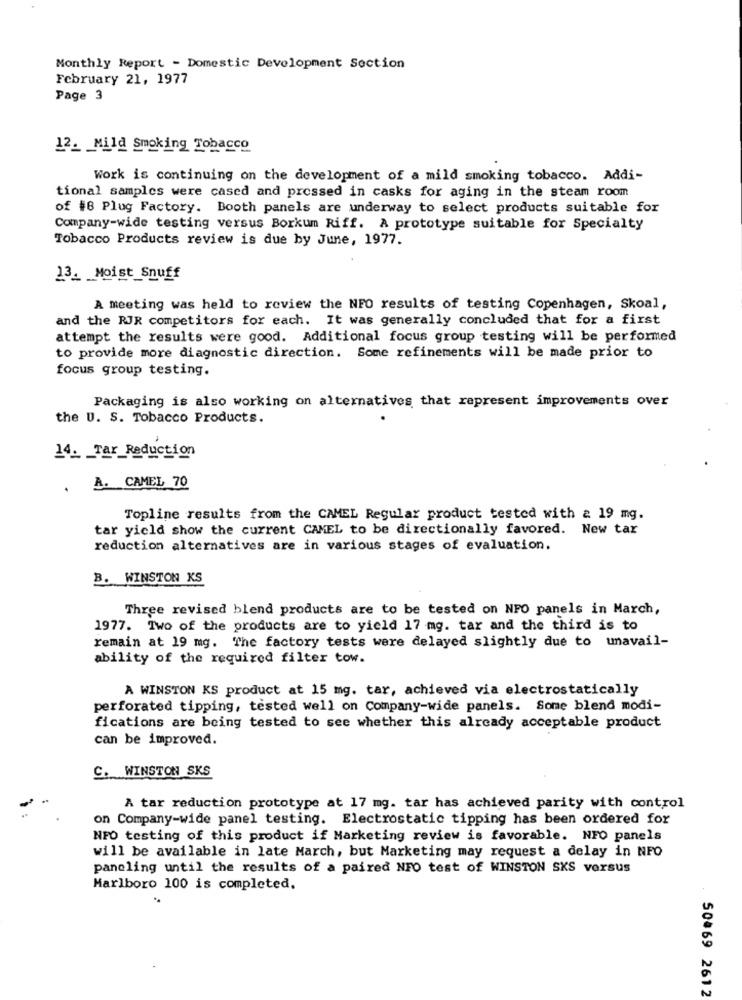
Monthly Report - Domestic Development Section
February 21, 1977
Page 3
12. Mild Smoking Tobacco
Work is continuing on the development of a mild smoking tobacco. Addi-
tional samples were cased and pressed in casks for aging in the steam room
of #8 Plug Factory. Booth panels are underway to select products suitable for
Company-wide testing versus Borkum Riff. A prototype suitable for Specialty
Tobacco Products review is due by June, 1977.
13_ Moist Snuff
A meeting was held to review the NFO results of testing Copenhagen, Skoal,
and the RJR competitors for each. It was generally concluded that for a first
attempt the results were good. Additional focus group testing will be performed
to provide more diagnostic direction. Some refinements will be made prior to
focus group testing.
Packaging is also working on alternatives that represent improvements over
the U. S. Tobacco Products.
14. Tar_Reduction
A. CAMEL 70
.
Topline results from the CAMEL Regular product tested with & 19 mg.
tar yield show the current CAMEL to be directionally favored. New tar
reduction alternatives are in various stages of evaluation.
B. WINSTON KS
Three revised blend products are to be tested on NPO panels in March,
1977. Two of the products are to yield 17 mg. tar and the third is to
remain at 19 mg. The factory tests were delayed slightly due to unavail-
ability of the required filter tow.
A WINSTON KS product at 15 mg. tar, achieved via electrostatically
perforated tipping, tested well on Company-wide panels. Some blend modi-
fications are being tested to see whether this already acceptable product
can be improved.
C. WINSTON SKS
A tar reduction prototype at 17 mg. tar has achieved parity with control
on Company-wide panel testing. Electrostatic tipping has been ordered for
NPO testing of this product if Marketing review is favorable. NFO panels
will be available in late March, but Marketing may request a delay in NPO
paneling until the results of a paired NFO test of WINSTON SKS versus
Marlboro 100 is completed.
50469 2612